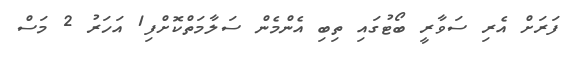
ފަރަށް އެރި ސަވާރީ ބޯޓުގައި ތިބި އެންމެން ސަލާމަތްކޮށްފި1 އަހަރު 2 މަސް